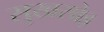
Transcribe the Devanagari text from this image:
सुखसोइ